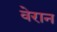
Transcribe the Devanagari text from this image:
वेरान